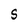
Character: 5